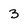
Character: 3